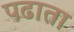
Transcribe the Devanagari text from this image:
पढाता